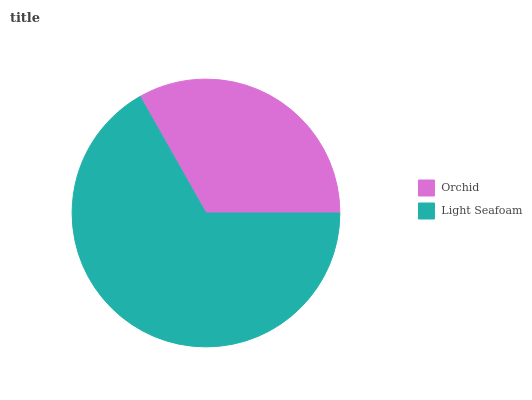
| Orchid | Light Seafoam |
 | --- | --- |
 | 33.2% | 66.8% |